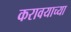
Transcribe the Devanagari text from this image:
करावयाच्‍या